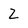
Character: z